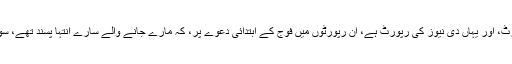
یہاں ڈان کی رپورٹ، اور یہاں دی نیوز کی رپورٹ ہے، ان رپورٹوں میں فوج کے ابتدائی دعوے پر، کہ مارے جانے والے سارے انتہا پسند تھے، سوال بھی اٹھایا گیا۔